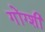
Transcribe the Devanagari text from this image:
गोंग्शी